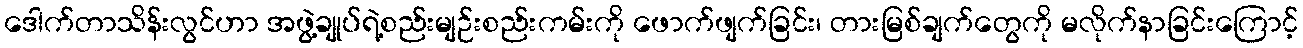
ဒေါက်တာသိန်းလွင်ဟာ အဖွဲ့ချုပ်ရဲ့စည်းမျဉ်းစည်းကမ်းကို ဖောက်ဖျက်ခြင်း၊ တားမြစ်ချက်တွေကို မလိုက်နာခြင်းကြောင့်